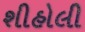
શીહોલી